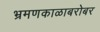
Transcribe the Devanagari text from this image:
भ्रमणकाळाबरोबर